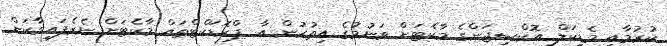
ކުރުމާއި މެޑިކަލް އޮކްސިޖަންގެ މާކެޓަށް ވަނުމުގެ އިތުރުން އާ ޕްރޮޑަކްޓްތައް މާކެޓަށް ނެރެފައިވާކަން